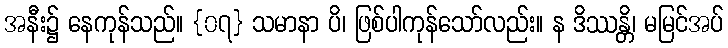
အနီး၌ နေကုန်သည်။ {၀၇} သမာနာ ပိ၊ ဖြစ်ပါကုန်သော်လည်း။ န ဒိဿန္တိ၊ မမြင်အပ်